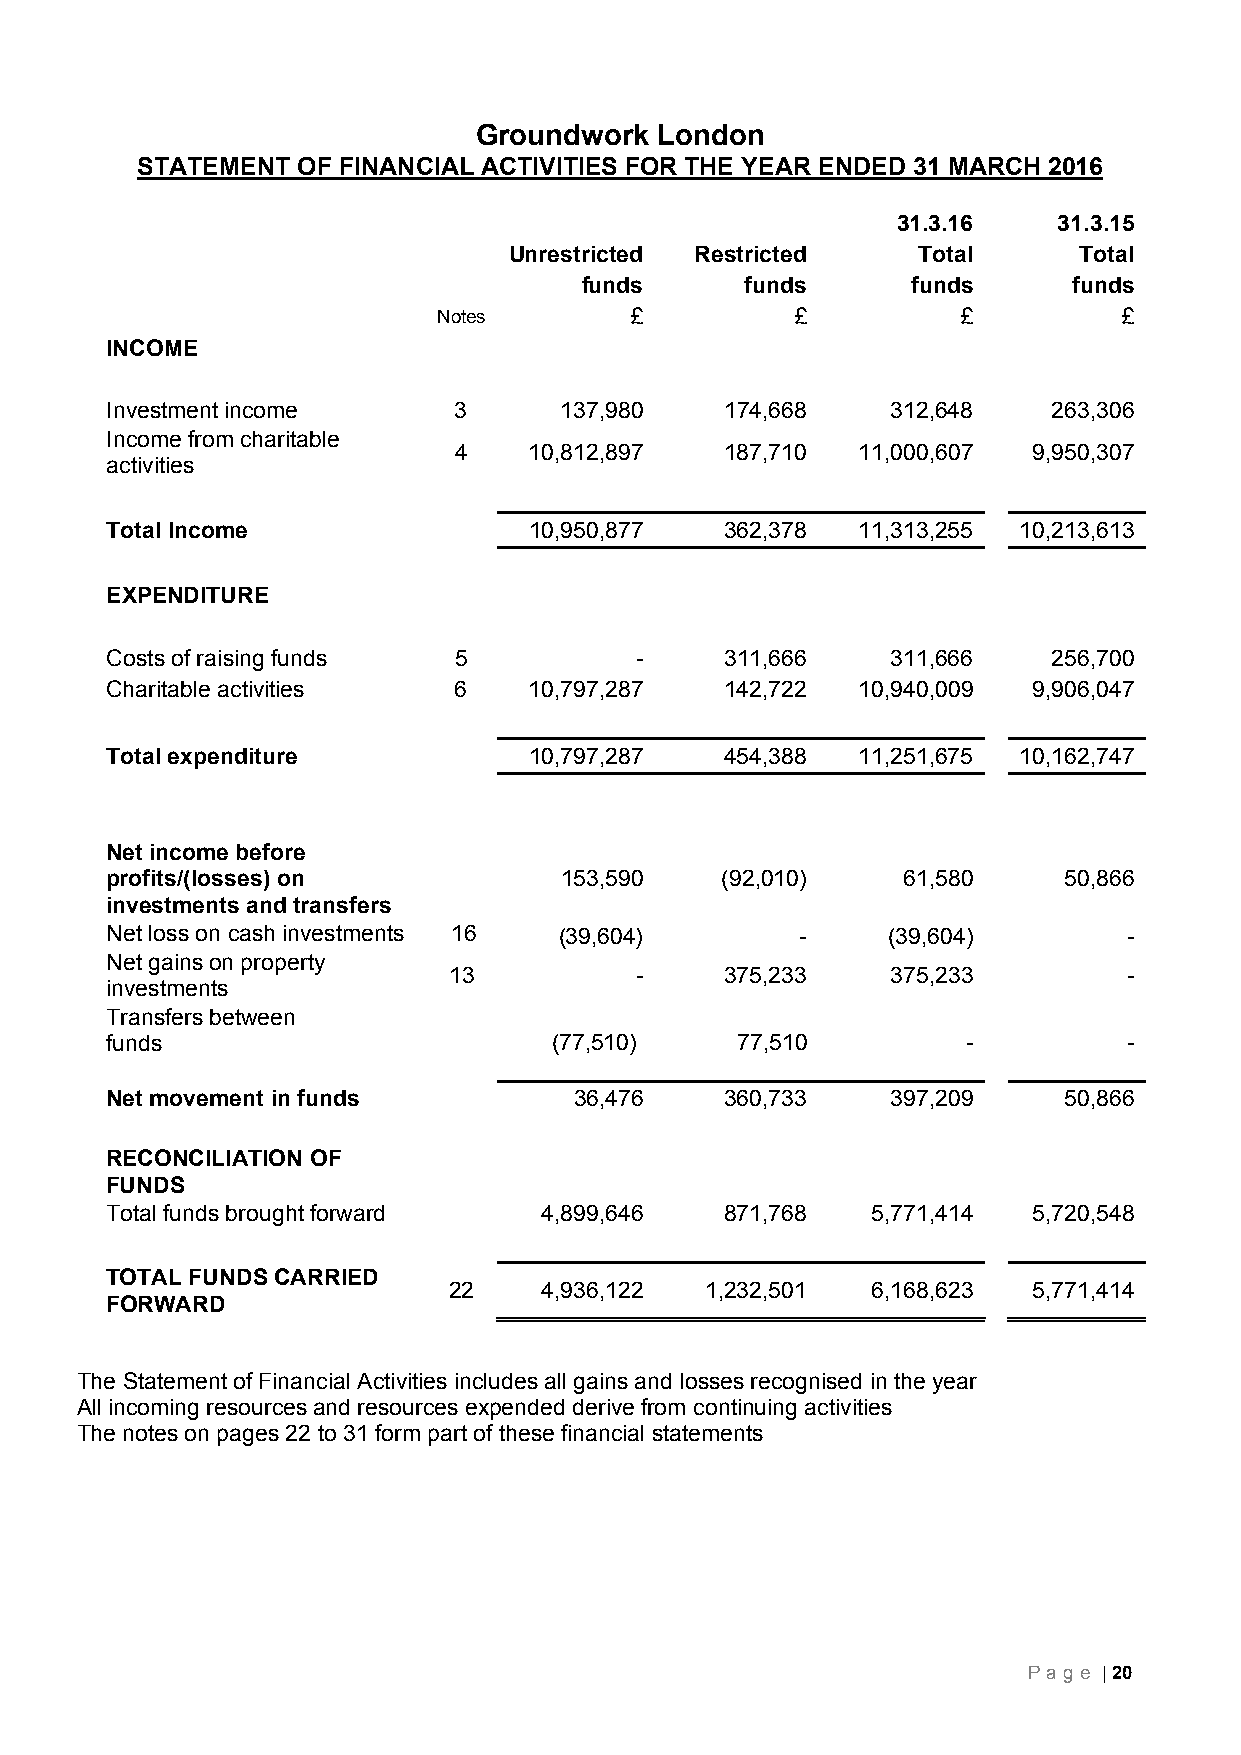
Groundwork  London
 STATEMENT  OF FINANCIAL ACTIVITIES FOR THE YEAR ENDED 31 MARCH 2016
 31.3.16    31.3.15
 Unrestricted Restricted    Total     Total
 funds      funds      funds      funds
 Notes        £          £          £         £
 INCOME
 Investment income      3      137,980    174,668    312,648    263,306
 Income from charitable
 4    10,812,897   187,710  11,000,607 9,950,307
 activities
 Total Income                10,950,877   362,378  11,313,255 10,213,613
 EXPENDITURE
 Costs of raising funds 5           -     311,666    311,666    256,700
 Charitable activities  6    10,797,287   142,722  10,940,009 9,906,047
 Total expenditure           10,797,287   454,388  11,251,675 10,162,747
 Net income before
 profits/(losses) on           153,590    (92,010)    61,580    50,866
 investments and transfers
 Net loss on cash investments 16 (39,604)      -     (39,604)        -
 Net gains on property
 13          -     375,233    375,233         -
 investments
 Transfers between
 funds                         (77,510)    77,510         -          -
 Net movement in funds          36,476    360,733    397,209    50,866
 RECONCILIATION OF
 FUNDS
 Total funds brought forward  4,899,646   871,768   5,771,414 5,720,548
 TOTAL FUNDS CARRIED
 22    4,936,122  1,232,501  6,168,623 5,771,414
 FORWARD
 The Statement of Financial Activities includes all gains and losses recognised in the year
 All incoming resources and resources expended derive from continuing activities
 The notes on pages 22 to 31 form part of these financial statements
 Page | 20